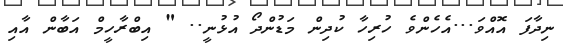
ނިދާފަ އޮއްވަ...އެހެންވެ ހުރިހާ ކުދިން މަޑުންދޯ އުޅުނީ.. " އިބްރާހީމް އަބާން އާއި